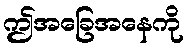
ဤအခြေအနေကို